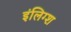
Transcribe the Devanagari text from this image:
इंलिग्श